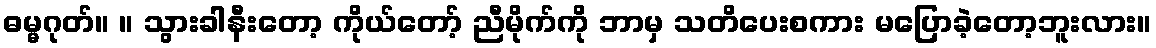
ဓမ္မဂုတ်။ ။ သွားခါနီးတော့ ကိုယ်တော့် ညီမိုက်ကို ဘာမှ သတိပေးစကား မပြောခဲ့တော့ဘူးလား။